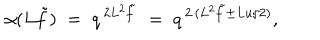
\alpha ( L \tilde { f } ) \; = \; q ^ { \, 2 L ^ { 2 } \tilde { f } } \; = \; q ^ { \, 2 \, ( L ^ { 2 } \tilde { f } \pm L u / 2 ) } ,